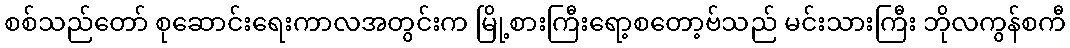
စစ်သည်တော် စုဆောင်းရေးကာလအတွင်းက မြို့စားကြီးရော့စတော့ဗ်သည် မင်းသားကြီး ဘိုလကွန်စကီ